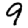
Digit: 9